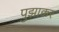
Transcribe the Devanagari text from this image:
पुझाक्कर